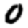
Digit: 0